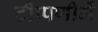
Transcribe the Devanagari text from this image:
टीप्‍पणीमें